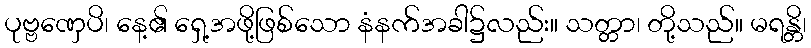
ပုဗ္ဗဏှေပိ၊ နေ့၏ ရှေ့အဖို့ဖြစ်သော နံနက်အခါ၌လည်း။ သတ္တာ၊ တို့သည်။ မရန္တိ၊